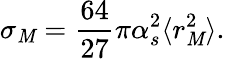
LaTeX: \sigma_{\mathit{M}}=\frac{{64}}{{27}}\pi\alpha_{s}^{2}\langle{r_{\mathit{M}}^{2}}\rangle.